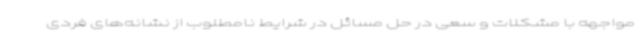
مواجهه با مشکلات و سعی در حل مسائل در شرایط نامطلوب از نشانه‌های فردی